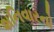
શનિવારનો